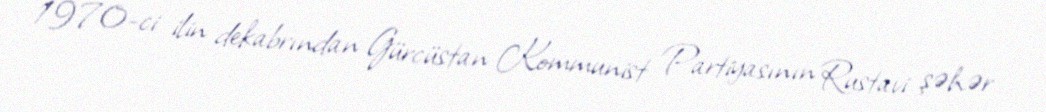
1970-ci ilin dekabrından Gürcüstan Kommunist Partiyasının Rustavi şəhər